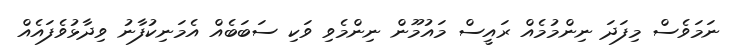
ނަމަވެސް މިފަދަ ނިންމުމެއް ރައީސް މައުމޫން ނިންމެވި ވަކި ސަބަބެއް އެމަނިކުފާނު ވިދާޅުވެފައެއް